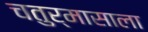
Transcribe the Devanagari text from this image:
चतुर्मासाला